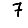
Digit: 7